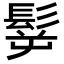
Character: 𩬸